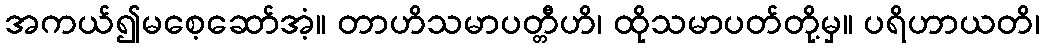
အကယ်၍မစေ့ဆော်အံ့။ တာဟိသမာပတ္တီဟိ၊ ထိုသမာပတ်တို့မှ။ ပရိဟာယတိ၊